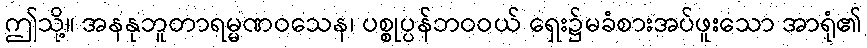
ဤသို့။ အနနုဘူတာရမ္မဏဝသေန၊ ပစ္စုပ္ပန်ဘဝဝယ် ရှေး၌မခံစားအပ်ဖူးသော အာရုံ၏